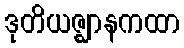
ဒုတိယဇ္ဈာနကထာ